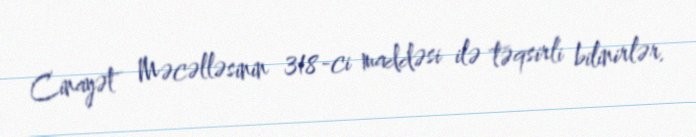
Cinayət Məcəlləsinin 318-ci maddəsi ilə təqsirli bilinirlər.